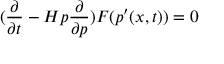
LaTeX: ( \frac { \partial } { \partial t } - H { p } \frac { \partial } { \partial p } ) F ( { p ^ { \prime } } ( x , t ) ) = 0